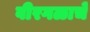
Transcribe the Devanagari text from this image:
वीरगळाचे